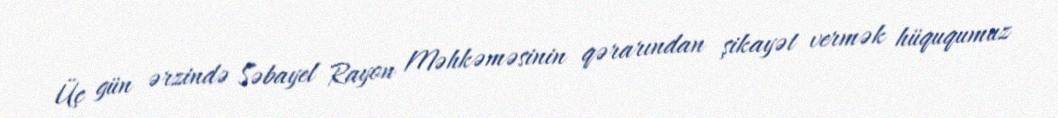
Üç gün ərzində Səbayel Rayon Məhkəməsinin qərarından şikayət vermək hüququmuz